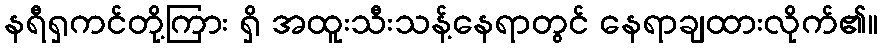
နရီရှကင်တို့ကြား ရှိ အထူးသီးသန့်နေရာတွင် နေရာချထားလိုက်၏။